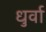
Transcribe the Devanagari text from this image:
धुर्वा